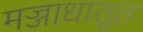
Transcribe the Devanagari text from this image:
मज्जाधातूत